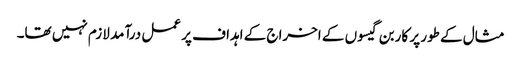
مثال کے طور پر کاربن گیسوں کے اخراج کے اہداف پر عمل درآمد لازم نہیں تھا۔